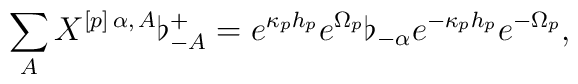
\sum _A X^{[p]\, \alpha,\, A} \flat^+_{-A}=e^{\kappa_p h_p} e^{\Omega_p} \flat_{-\alpha} e^{-\kappa_p h_p} e^{-\Omega_p},